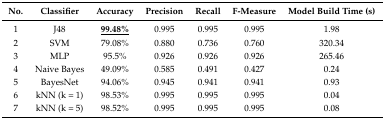
| No. | Classifier | Accuracy | Precision | Recall | F-Measure | Model Build Time (s) |
 | --- | --- | --- | --- | --- | --- | --- |
 | 1 | J48 | <underline>99.48%</underline> | 0.995 | 0.995 | 0.995 | 1.98 |
 | 2 | SVM | 79.08% | 0.880 | 0.736 | 0.760 | 320.34 |
 | 3 | MLP | 95.5% | 0.926 | 0.926 | 0.926 | 265.46 |
 | 4 | Naive Bayes | 49.09% | 0.585 | 0.491 | 0.427 | 0.24 |
 | 5 | BayesNet | 94.06% | 0.945 | 0.941 | 0.941 | 0.93 |
 | 6 | kNN (k = 1) | 98.53% | 0.995 | 0.995 | 0.995 | 0.04 |
 | 7 | kNN (k = 5) | 98.52% | 0.995 | 0.995 | 0.995 | 0.08 |